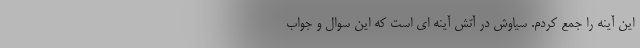
این آینه را جمع کردم. سیاوش در آتش آینه ای است که این سوال و جواب